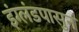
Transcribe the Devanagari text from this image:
इंग्लंडपासुन